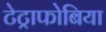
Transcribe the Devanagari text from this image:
टेट्राफोबिया